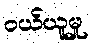
ဝယ်ယူမှု